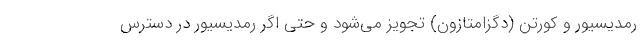
رمدیسیور و کورتن (دگزامتازون) تجویز می‌شود و حتی اگر رمدیسیور در دسترس